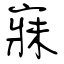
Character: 寐